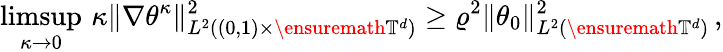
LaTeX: \operatorname*{limsup}_{\kappa\to 0}\, \kappa\| \nabla\theta^{\kappa}\| _{L^{2}((0,1)\times\ensuremath{\mathbb{T}}^{d})}^{2}\geq\varrho^{2}\| \theta_{0}\| _{L^{2}(\ensuremath{\mathbb{T}}^{d})}^{2}\, ,